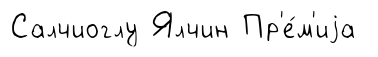
Салчиоглу Ялчин Пр'е́м'иjа